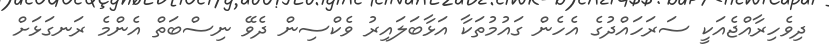
ދިވެހިރާއްޖެއަކީ ސަރަހައްދުގެ އެެހެން ގައުމުތަކާ އަޅާބަލައިރު ވެކްސިން ދެވޭ ނިސްބަތް އެންމެ ރަނގަޅަށް